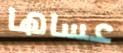
عساها